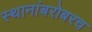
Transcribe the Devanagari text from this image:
स्थानांबरोबरच